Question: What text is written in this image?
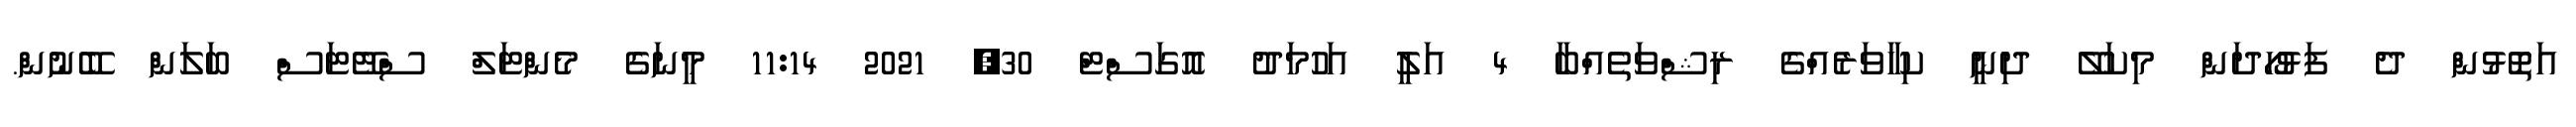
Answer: އަތޮޅުން ދެ ފަޅުހޯދަން މިކަލޭ ދިނީ ކިހާވަރެއްގެ ރިޝްވަތެއްބާ 4 އަލީ އަހުމަދު އޮގަސްޓް 30, 2021 11:14 މީނަގެ މެންޓަލް ސްޓޭޓަސް ބަލަން ބޭނުން.